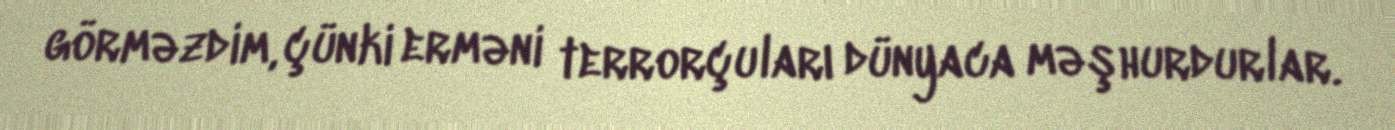
görməzdim, çünki erməni terrorçuları dünyaca məşhurdurlar.